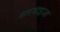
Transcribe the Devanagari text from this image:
सरमाइआ